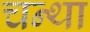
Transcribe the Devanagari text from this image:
चन्था